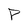
Character: P